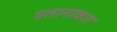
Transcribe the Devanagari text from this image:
प्रतानाकार